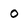
Character: o